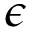
\epsilon